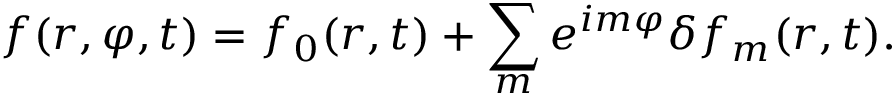
f ( r , \varphi , t ) = f _ { 0 } ( r , t ) + \sum _ { m } e ^ { i m \varphi } \delta f _ { m } ( r , t ) .